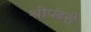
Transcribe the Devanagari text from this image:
श्रीपंढरी